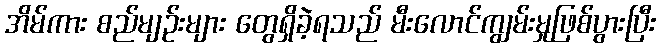
အိမ်ကား စည်မျဉ်းများ တွေရှိခဲ့ရသည် မီးလောင်ကျွမ်းမှုဖြစ်ပွားပြီး